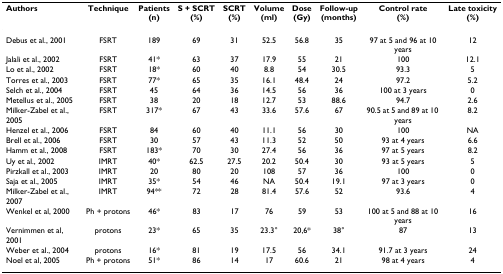
<table><thead><tr><td><b>Authors</b></td><td><b>Technique</b></td><td><b>Patients(n)</b></td><td><b>S + SCRT(%)</b></td><td><b>SCRT(%)</b></td><td><b>Volume(ml)</b></td><td><b>Dose(Gy)</b></td><td><b>Follow-up(months)</b></td><td><b>Control rate(%)</b></td><td><b>Late toxicity(%)</b></td></tr></thead><tbody><tr><td>Debus et al., 2001</td><td>FSRT</td><td>189</td><td>69</td><td>31</td><td>52.5</td><td>56.8</td><td>35</td><td>97 at 5 and 96 at 10 years</td><td>12</td></tr><tr><td>Jalali et al., 2002</td><td>FSRT</td><td>41*</td><td>63</td><td>37</td><td>17.9</td><td>55</td><td>21</td><td>100</td><td>12.1</td></tr><tr><td>Lo et al., 2002</td><td>FSRT</td><td>18*</td><td>60</td><td>40</td><td>8.8</td><td>54</td><td>30.5</td><td>93.3</td><td>5</td></tr><tr><td>Torres et al., 2003</td><td>FSRT</td><td>77*</td><td>65</td><td>35</td><td>16.1</td><td>48.4</td><td>24</td><td>97.2</td><td>5.2</td></tr><tr><td>Selch et al., 2004</td><td>FSRT</td><td>45</td><td>64</td><td>36</td><td>14.5</td><td>56</td><td>36</td><td>100 at 3 years</td><td>0</td></tr><tr><td>Metellus et al., 2005</td><td>FSRT</td><td>38</td><td>20</td><td>18</td><td>12.7</td><td>53</td><td>88.6</td><td>94.7</td><td>2.6</td></tr><tr><td>Milker-Zabel et al., 2005</td><td>FSRT</td><td>317*</td><td>67</td><td>43</td><td>33.6</td><td>57.6</td><td>67</td><td>90.5 at 5 and 89 at 10 years</td><td>8.2</td></tr><tr><td>Henzel et al., 2006</td><td>FSRT</td><td>84</td><td>60</td><td>40</td><td>11.1</td><td>56</td><td>30</td><td>100</td><td>NA</td></tr><tr><td>Brell et al., 2006</td><td>FSRT</td><td>30</td><td>57</td><td>43</td><td>11.3</td><td>52</td><td>50</td><td>93 at 4 years</td><td>6.6</td></tr><tr><td>Hamm et al., 2008</td><td>FSRT</td><td>183*</td><td>70</td><td>30</td><td>27.4</td><td>56</td><td>36</td><td>97 at 5 years</td><td>8.2</td></tr><tr><td>Uy et al., 2002</td><td>IMRT</td><td>40*</td><td>62.5</td><td>27.5</td><td>20.2</td><td>50.4</td><td>30</td><td>93 at 5 years</td><td>5</td></tr><tr><td>Pirzkall et al., 2003</td><td>IMRT</td><td>20</td><td>80</td><td>20</td><td>108</td><td>57</td><td>36</td><td>100</td><td>0</td></tr><tr><td>Saja et al., 2005</td><td>IMRT</td><td>35*</td><td>54</td><td>46</td><td>NA</td><td>50.4</td><td>19.1</td><td>97 at 3 years</td><td>0</td></tr><tr><td>Milker-Zabel et al., 2007</td><td>IMRT</td><td>94**</td><td>72</td><td>28</td><td>81.4</td><td>57.6</td><td>52</td><td>93.6</td><td>4</td></tr><tr><td>Wenkel et al, 2000</td><td>Ph + protons</td><td>46*</td><td>83</td><td>17</td><td>76</td><td>59</td><td>53</td><td>100 at 5 and 88 at 10 years</td><td>16</td></tr><tr><td>Vernimmen et al, 2001</td><td>protons</td><td>23*</td><td>65</td><td>35</td><td>23.3°</td><td>20,6*</td><td>38°</td><td>87</td><td>13</td></tr><tr><td>Weber et al., 2004</td><td>protons</td><td>16*</td><td>81</td><td>19</td><td>17.5</td><td>56</td><td>34.1</td><td>91.7 at 3 years</td><td>24</td></tr><tr><td>Noel et al, 2005</td><td>Ph + protons</td><td>51*</td><td>86</td><td>14</td><td>17</td><td>60.6</td><td>21</td><td>98 at 4 years</td><td>4</td></tr></tbody></table>